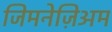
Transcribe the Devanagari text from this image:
जिमनेज़िअम